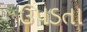
ઉપડતા